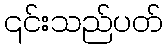
၎င်းသည်ပတ်